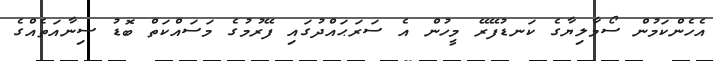
އެހެންކަމުން ސޯމާލިޔާގެ ކަނޑުފޭރޭ މީހުން އެ ސަރަޙައްދުގައި ފޭރުމުގެ މަސައްކަތް ބޮޑު ސިނާއަތެއްގެ